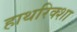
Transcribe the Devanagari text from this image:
हाथरिक्शा